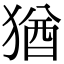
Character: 猶